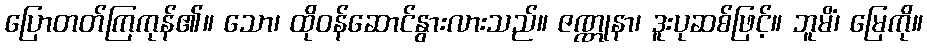
ပြောတတ်ကြကုန်၏။ သော၊ ထိုဝန်ဆောင်နွားလားသည်။ ဇဏ္ဏုနာ၊ ဒူးပုဆစ်ဖြင့်။ ဘူမိံ၊ မြေကို။